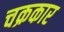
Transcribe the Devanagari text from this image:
चक्रकार